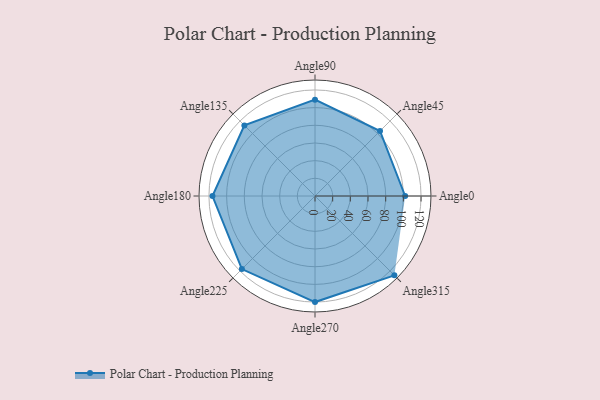
{"axis": {"x": "Angle", "y": "Radius"}, "legend": [""], "data": [{"x": "Angle0", "y": 102.0, "type": ""}, {"x": "Angle45", "y": 104.0, "type": ""}, {"x": "Angle90", "y": 109.0, "type": ""}, {"x": "Angle135", "y": 113.0, "type": ""}, {"x": "Angle180", "y": 116.0, "type": ""}, {"x": "Angle225", "y": 117.0, "type": ""}, {"x": "Angle270", "y": 120.0, "type": ""}, {"x": "Angle315", "y": 127.0, "type": ""}]}